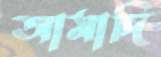
আমাদি